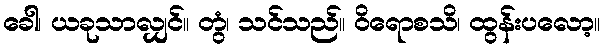
ခေါ၊ ယခုသာလျှင်။ တွံ၊ သင်သည်။ ဝိရောစသိ၊ ထွန်းပလော့။